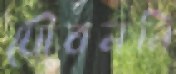
যৌবননি